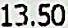
13.50